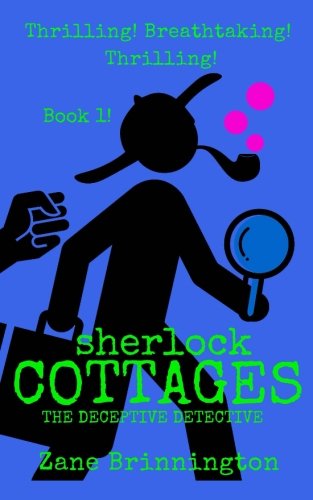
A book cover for Sherlock Cottages: The Deceptive Detective; Zane Brinnington; Science Fiction & Fantasy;